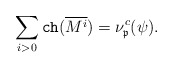
\begin{align*}\sum\limits_{i>0}\texttt{ch}(\overline {M^i})=\nu^c_{\frak p}(\psi).\end{align*}